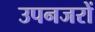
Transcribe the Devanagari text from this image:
उपनजरों